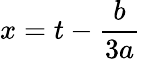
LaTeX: x=t-{\frac{b}{3a}}